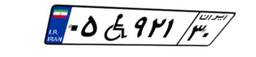
۰۵W۹۲۱۳۰